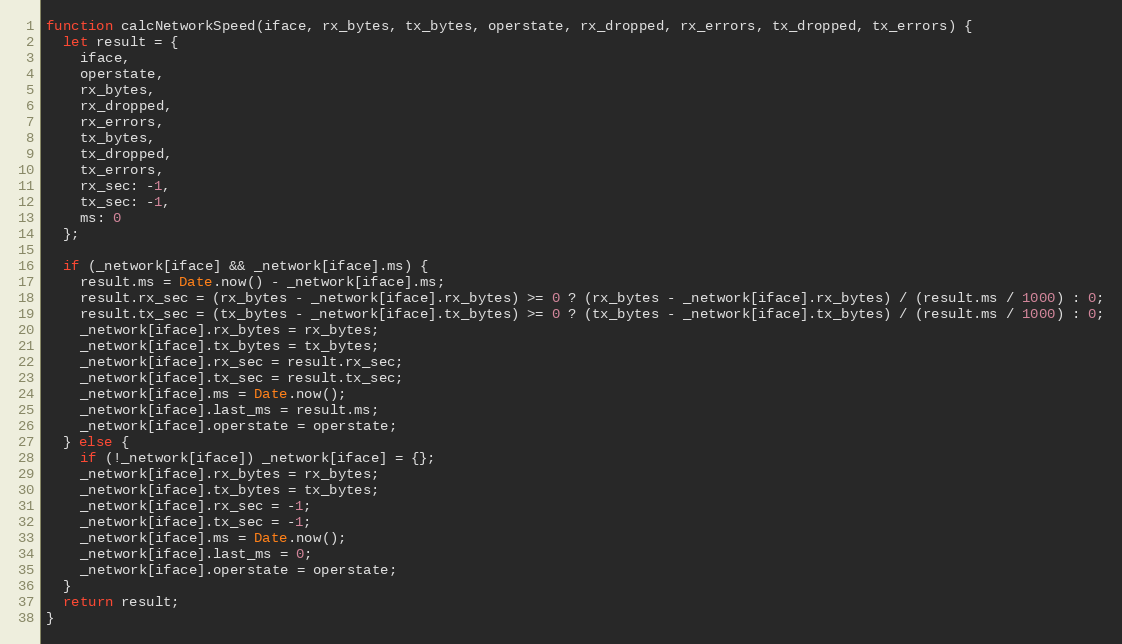
Language: JavaScript
function calcNetworkSpeed(iface, rx_bytes, tx_bytes, operstate, rx_dropped, rx_errors, tx_dropped, tx_errors) {
  let result = {
    iface,
    operstate,
    rx_bytes,
    rx_dropped,
    rx_errors,
    tx_bytes,
    tx_dropped,
    tx_errors,
    rx_sec: -1,
    tx_sec: -1,
    ms: 0
  };

  if (_network[iface] && _network[iface].ms) {
    result.ms = Date.now() - _network[iface].ms;
    result.rx_sec = (rx_bytes - _network[iface].rx_bytes) >= 0 ? (rx_bytes - _network[iface].rx_bytes) / (result.ms / 1000) : 0;
    result.tx_sec = (tx_bytes - _network[iface].tx_bytes) >= 0 ? (tx_bytes - _network[iface].tx_bytes) / (result.ms / 1000) : 0;
    _network[iface].rx_bytes = rx_bytes;
    _network[iface].tx_bytes = tx_bytes;
    _network[iface].rx_sec = result.rx_sec;
    _network[iface].tx_sec = result.tx_sec;
    _network[iface].ms = Date.now();
    _network[iface].last_ms = result.ms;
    _network[iface].operstate = operstate;
  } else {
    if (!_network[iface]) _network[iface] = {};
    _network[iface].rx_bytes = rx_bytes;
    _network[iface].tx_bytes = tx_bytes;
    _network[iface].rx_sec = -1;
    _network[iface].tx_sec = -1;
    _network[iface].ms = Date.now();
    _network[iface].last_ms = 0;
    _network[iface].operstate = operstate;
  }
  return result;
}